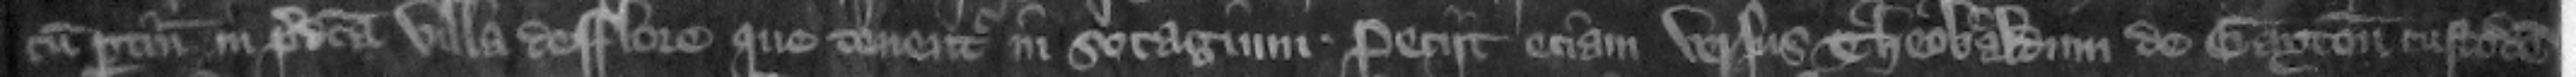
cum pertinenciis in predicta villa de Flore que tenentur in socagium. Peciit eciam versus Theobaldum de Gayton custodem